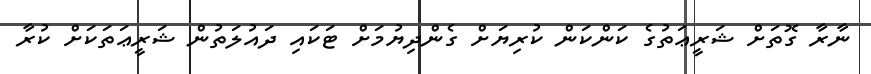
ނާރާ ގޮތަށް ޝަރީޢަތުގެ ކަންކަން ކުރިޔަށް ގެންދިޔުމަށް ޓަކައި ދައުލަތުން ޝަރީޢަތަކަށް ކުރާ